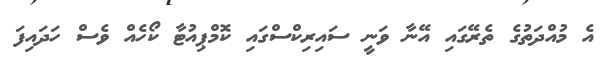
އެ މުއްދަތުގެ ތެރޭގައި އޭނާ ވަނީ ސައިރިކްސްގައި ކޮމްޕިއުޓާ ކޯހެއް ވެސް ހަދައިފަ